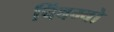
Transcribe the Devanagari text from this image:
चिंबम्बो